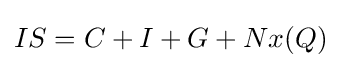
IS=C+I+G+Nx(Q)